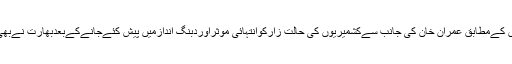
بھارتی میڈیاکےذریعےسامنےآنےوالی خبروں کےمطابق عمران خان کی جانب سےکشمیریوں کی حالت زارکوانتہائی موثراوردبنگ اندازمیں پیش کئےجانےکےبعدبھارت نےبھی جواب دینےکیلئےپرتولناشروع کردئیےہیں ۔